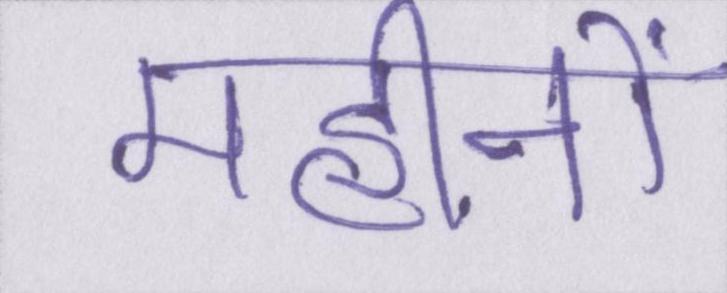
महीनों